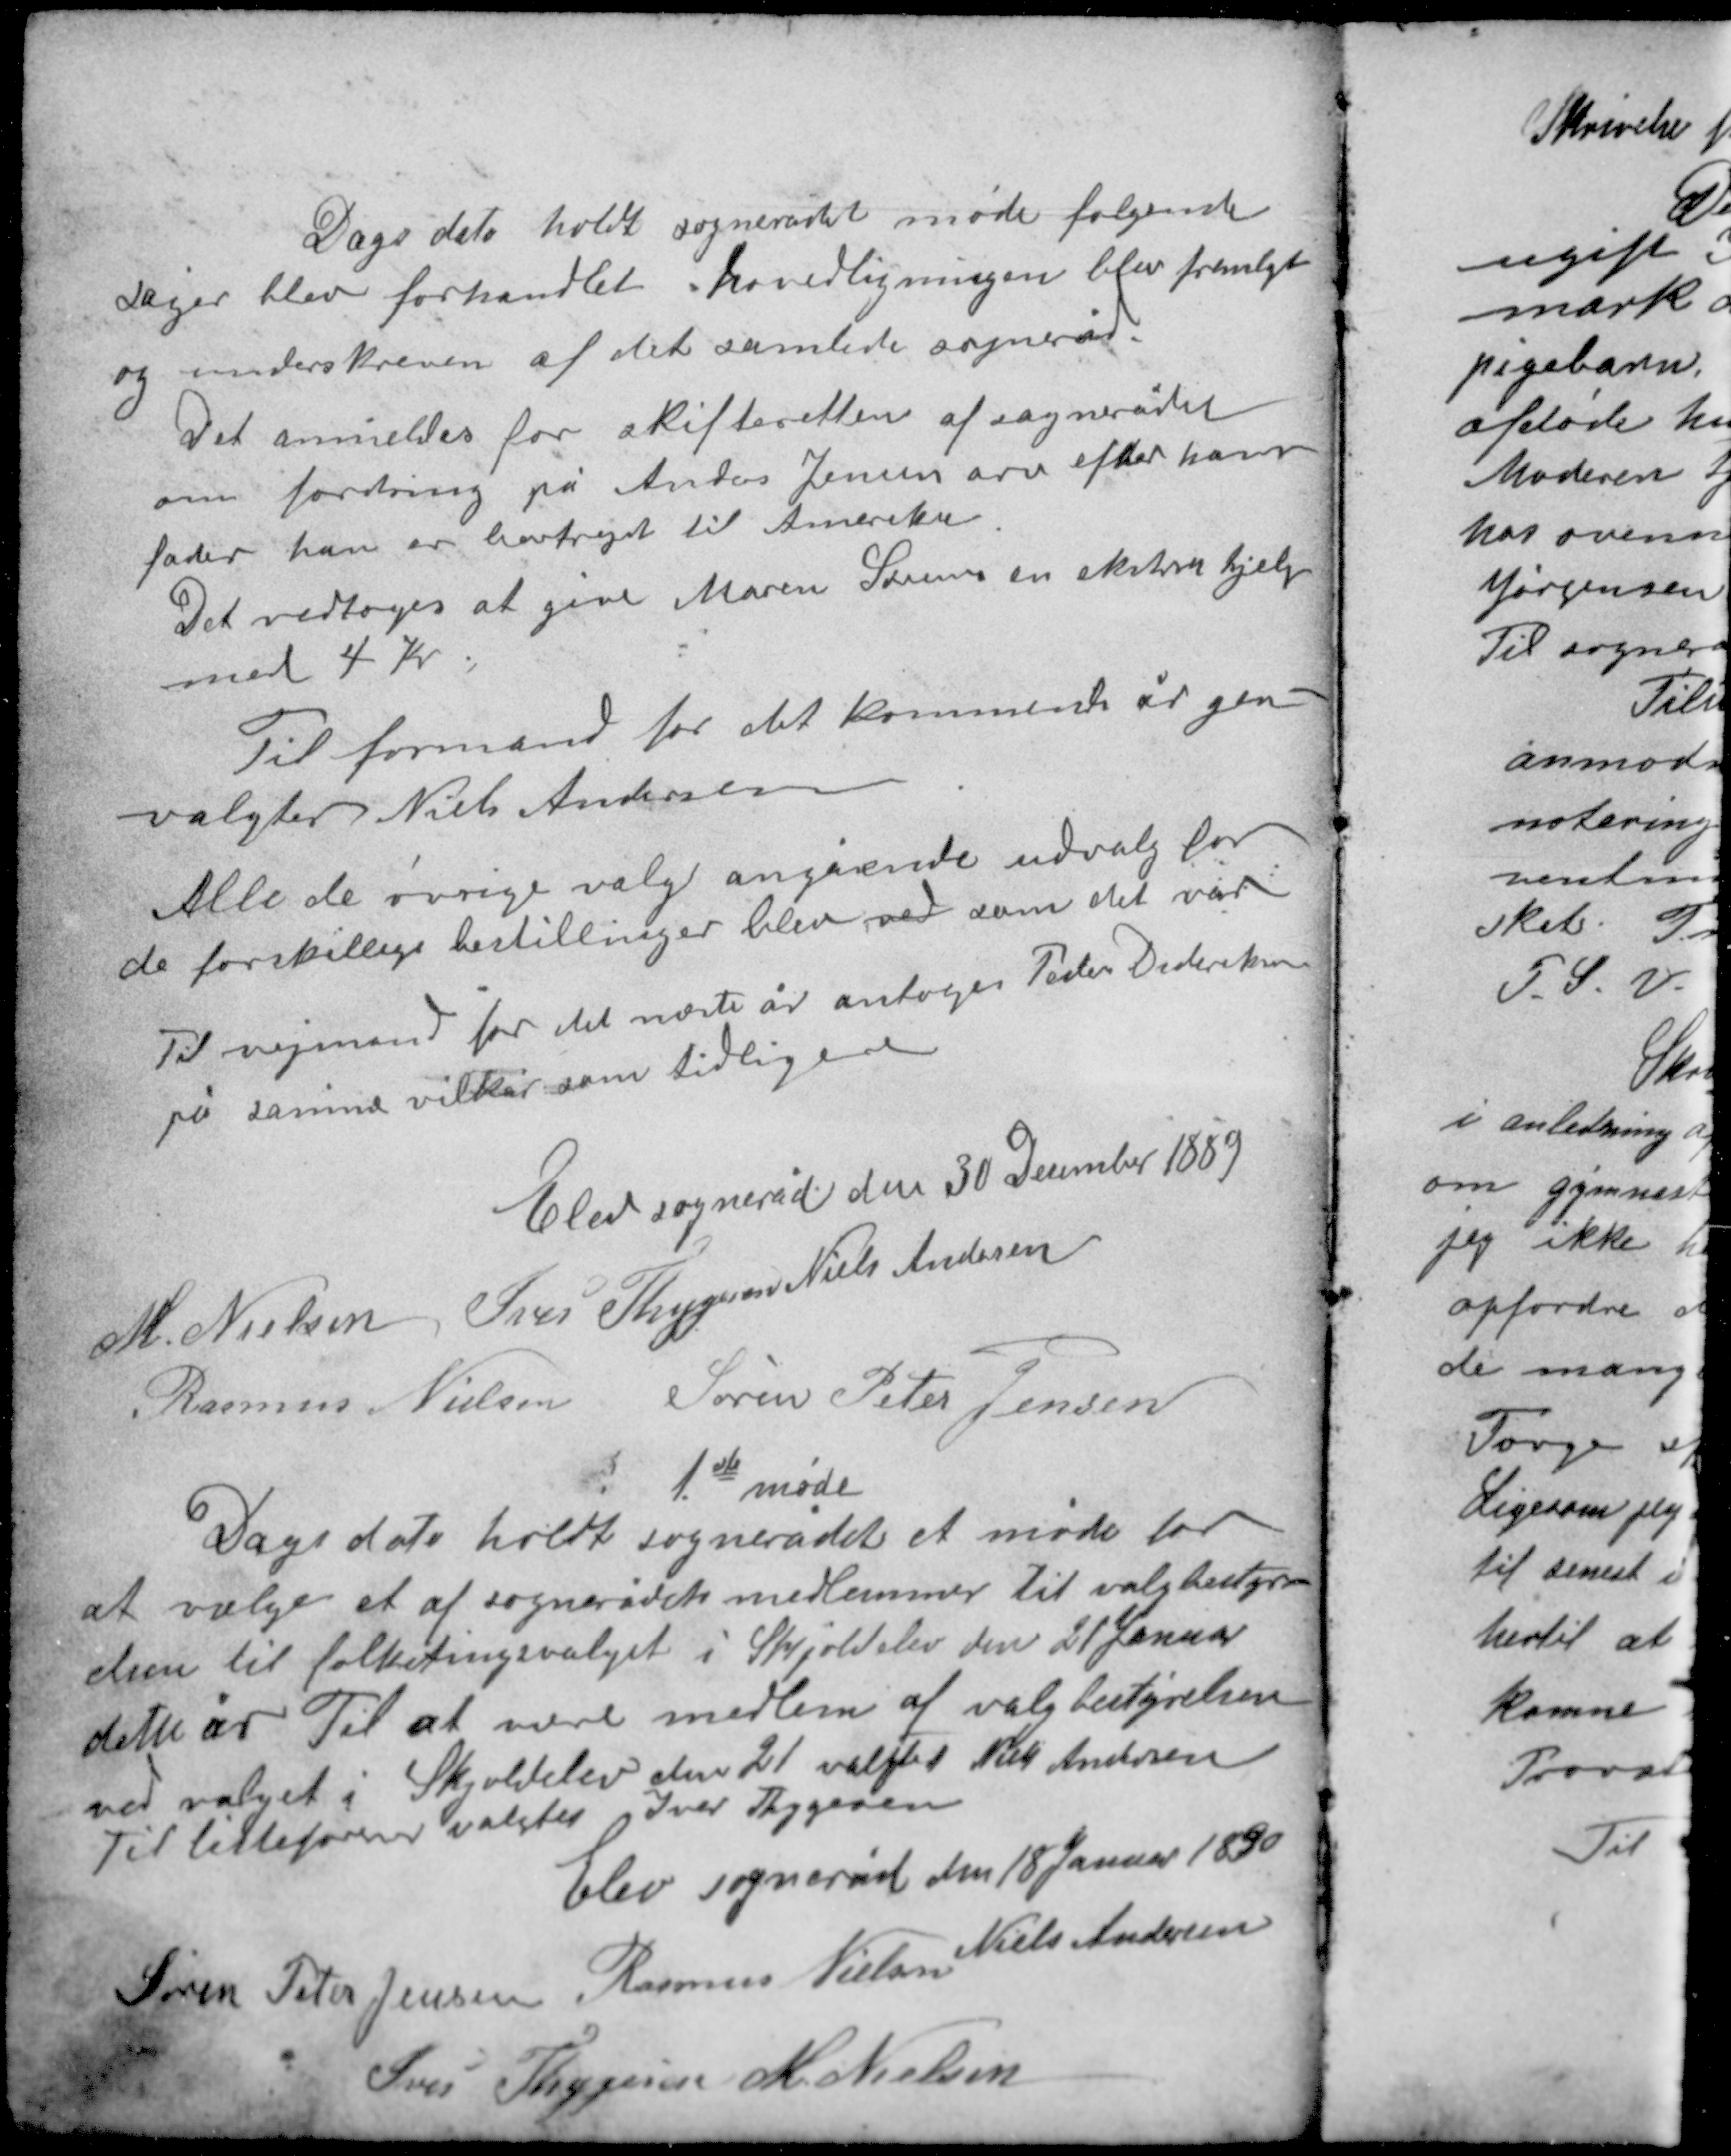
Transskription:
Dags dato holdt sognerådet møde følgende
sager blev forhandlet hovedligningen blev fremlagt
og underskreven af det samlede sogneråd.
Det anmeldes for skifteretten af sognerådet
om fordring på Anders Jensens arv efter hans
fader han er bortrejst til Amerika.
Det vedtoges at give Maren Sørensen en ekstra hjælp
med 4 kr.

Til formand for det kommende år gen-
valgtes Niels Andersen.
Alle de øvrige valg angående udvalg for
de forskellige bestillinger blev ved som det var
Til vejmand for det næste år antoges Peder Dideriksen
på samme vilkår som tidligere

Elev sogneråd den 30 December 1889
M. Nielsen Iver Thygesen Niels Andersen
Rasmus Nielsen Søren Peter Jensen

1ste møde
Dags dato holdt sognerådet et møde for
at vælge et af sognerådets medlemmer til valgbestyr
elsen til folketingsvalget i Skjoldelev den 21 Januar
dette år Til at være medlem af valgbestyrelsen
ved valget i Skjoldelev den 21 valgtes Niels Andersen
Til listefører valgtes Iver Thygesen

Elev sogneråd den 18 Januar 1890
Niels Andersen
Søren Peter Jensen Rasmus Nielsen
Iver Thygesen M. Nielsen